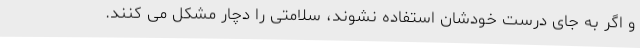
و اگر به جای درست خودشان استفاده نشوند، سلامتی را دچار مشکل می کنند.